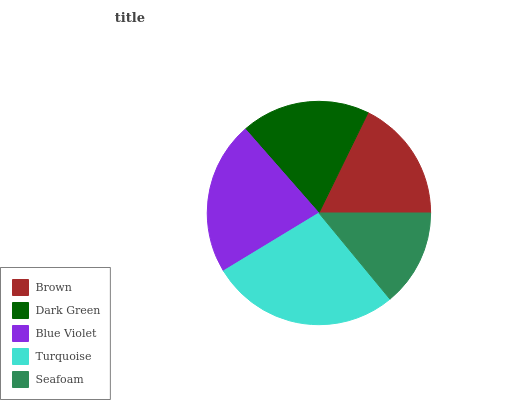
| Brown | Dark Green | Blue Violet | Turquoise | Seafoam |
 | --- | --- | --- | --- | --- |
 | 17.8% | 18.6% | 22.3% | 27.3% | 14% |